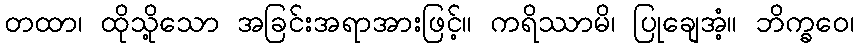
တထာ၊ ထိုသို့သော အခြင်းအရာအားဖြင့်။ ကရိဿာမိ၊ ပြုချေအံ့။ ဘိက္ခဝေ၊